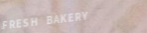
FRESH BAKERY